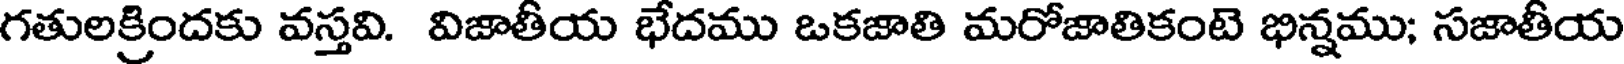
గతులక్రిందకు వస్తవి. విజాతీయ భేదము ఒకజాతి మరోజాతికంటె భిన్నము; సజాతీయ